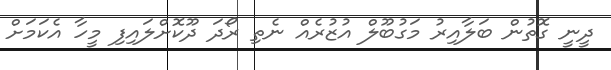
ދީނީ ގޮތުން ބަލާއިރު މަގުބޫލް އުޒުރެއް ނެތި ރޯދަ ދޫކޮށްލައިފި މީހާ އެކަމަށް